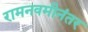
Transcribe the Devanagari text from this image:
रामनवमीनंतर